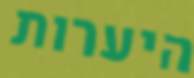
היערות